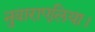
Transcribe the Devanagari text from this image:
नुवाराएलिया।